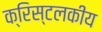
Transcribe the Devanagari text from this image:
क्रिस्टलकीय